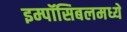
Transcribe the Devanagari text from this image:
इम्पॉसिबलमध्ये